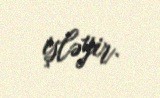
işləyir.